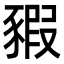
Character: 豭